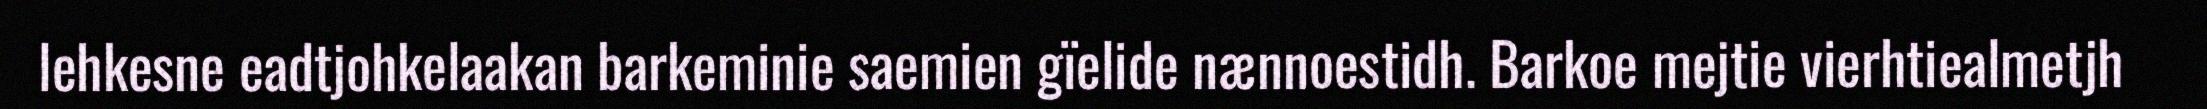
lehkesne eadtjohkelaakan barkeminie saemien gïelide nænnoestidh. Barkoe mejtie vierhtiealmetjh